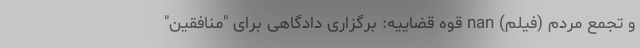
و تجمع مردم (فیلم) nan قوه قضاییه: برگزاری دادگاهی برای "منافقین"